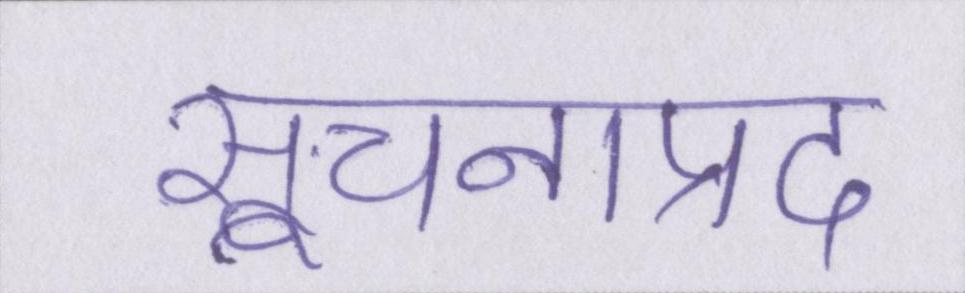
सूचनाप्रद